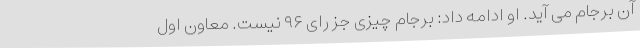
آن برجام می آید. او ادامه داد: برجام چیزی جز رای ۹۶ نیست. معاون اول